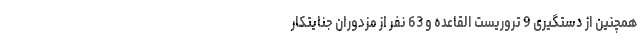
همچنین از دستگیری 9 تروریست القاعده و 63 نفر از مزدوران جنایتکار